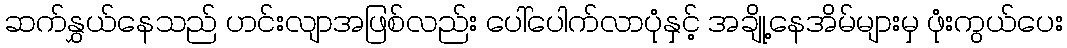
ဆက်နွှယ်နေသည် ဟင်းလျာအဖြစ်လည်း ပေါ်ပေါက်လာပုံနှင့် အချို့နေအိမ်များမှ ဖုံးကွယ်ပေး